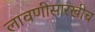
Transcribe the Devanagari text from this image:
लावणीसारखीच